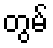
တွမ်